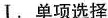
Ⅰ.单项选择